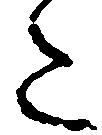
た